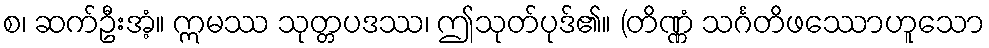
စ၊ ဆက်ဦးအံ့။ ဣမဿ သုတ္တပဒဿ၊ ဤသုတ်ပုဒ်၏။ (တိဏ္ဏံ သင်္ဂတိဖဿောဟူသော